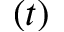
( t )